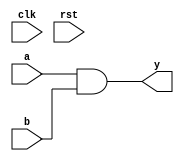
module delay_example (
    input wire clk,
    input wire rst,
    input wire a,
    input wire b,
    output reg y
);

// Combinational logic with a blocking assignment and a delay
always @(a or b) begin
    #5 y = a & b; // Blocking assignment with a 5-time unit delay
end

endmodule